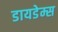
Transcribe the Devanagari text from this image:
डायडेम्स